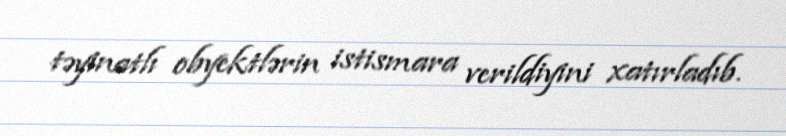
təyinatlı obyektlərin istismara verildiyini xatırladıb.